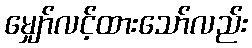
မျှော်လင့်ထားသော်လည်း